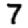
Digit: 7